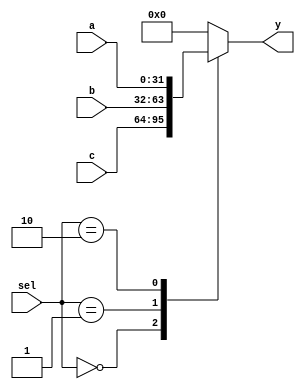
`timescale 1ns / 1ps

////////////////////////////////////////////////////////////////////////////////
// Company:       Universidad Nacional de Cordoba
//                Nicolas Quinteros Castilla
//
// Module Name:   THREE_ONE_MUX
// Project Name:  MIPS
// Description:   MIPS 3-to-1 32-bit MUX implementation in verilog.
//
// Dependencies:  None
//
////////////////////////////////////////////////////////////////////////////////

module THREE_ONE_MUX(
    input [31:0] a,
    input [31:0] b,
    input [31:0] c,
    input [1:0] sel,
    output reg [31:0] y);
    
	always @ *
		case (sel)
			2'b00: y = c;
			2'b01: y = b;
			2'b10: y = a;
			default: y = 0;
		endcase
endmodule